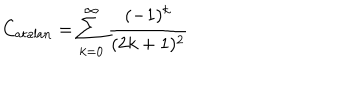
C _ { \mathrm { a t a l a n } } = \sum _ { k = 0 } ^ { \infty } \frac { ( - 1 ) ^ { k } } { ( 2 k + 1 ) ^ { 2 } }